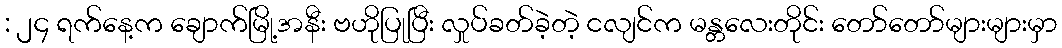
: ၂၄ ရက်နေ့က ချောက်မြို့အနီး ဗဟိုပြုပြီး လှုပ်ခတ်ခဲ့တဲ့ ငလျင်က မန္တလေးတိုင်း တော်တော်များများမှာ